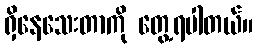
ရှိနေသေးတာကို တွေ့ရပါတယ်။